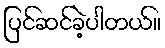
ပြင်ဆင်ခဲ့ပါတယ်။